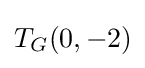
T_{G}(0,-2)